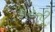
કોટની